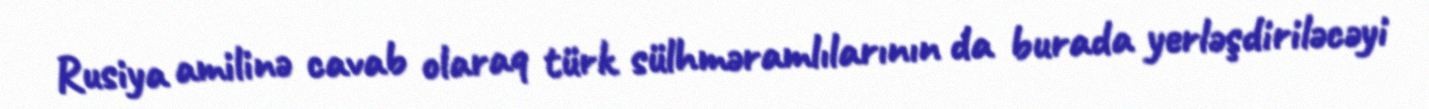
Rusiya amilinə cavab olaraq türk sülhməramlılarının da burada yerləşdiriləcəyi